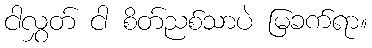
ငါလွှတ် ငါ စိတ်ညစ်သာပဲ မြခက်ရာ။